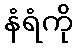
နံရံကို